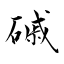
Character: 磩